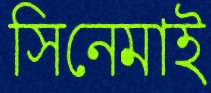
সিনেমাই